Leaving Certificate Examination, 1922
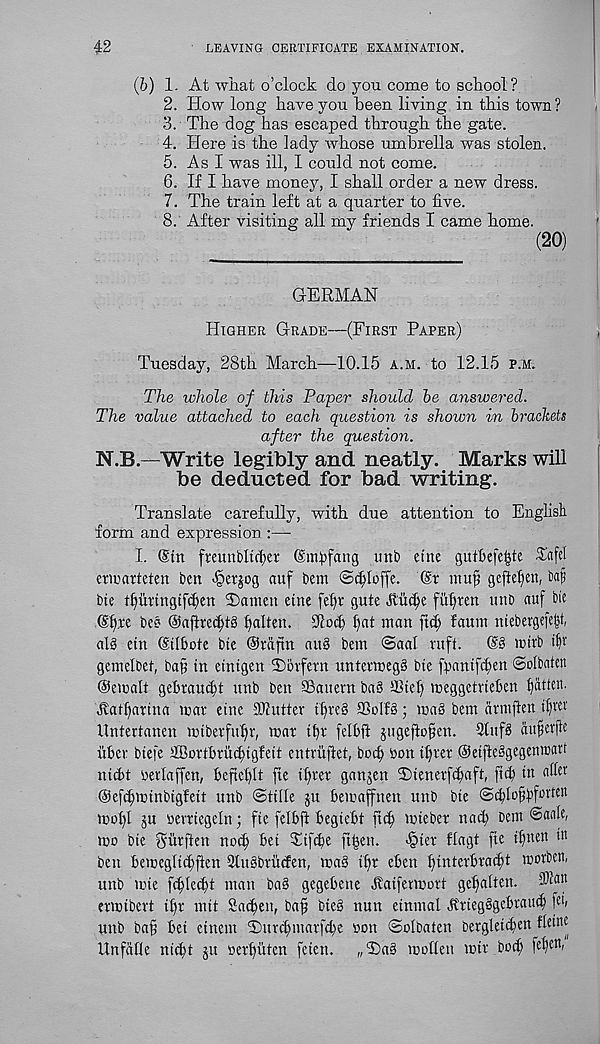
42
LEAVING CERTIFICATE EXAMINATION.
(6) 1. At what o’clock do you come to school ?
2. How long have you been living in this town ?
3. The dog has escaped through the gate.
4. Here is the lady whose umbrella was stolen.
5. As I was ill, I could not come.
6. If I have money, I shall order a new dress.
7. The train left at a quarter to five.
8. After visiting all my friends I came home.
GERMAN
Higher Grade—(First Paper)
Tuesday, 28th March—10.15 a.m. to 12.15 p.m.
The whole of this Paper should he answered.
The value attached to each question is shown in brackets
after the question.
N.B—Write legibly and neatly. Marks will
be deducted for bad writing.
Translate carefully, with due attention to Englisli
form and expression :—
I. ©in fteunifitcfiet ©ntpfang imb etne gutbefeifie Tafel
emiarteten ben
auf bem ©c^Ioffe. ©t tnufi gefteljen, bajs
bte tffimngtf<f)en Tcunen etne fefyr gute 4tii(|e ftifyten unb auf bie
©fire bee @aftTe<f)t§ fyalten. iked) fjat man ftef; faum ntebergefeljl
alg ein ©ilbote bte ©taftn attb bem @aal ruft.
©3 mtrb tf)t'
gemelbet, ba§ in einigen 2)5tfern untet - meg§ bte fbantf^en ©olbateu
@ematt gebraui^t unb ben 93auern ba§ S5tef) meggetvieben fatten.
Aatfiattna mar eine 3k utter litre 8 To if 8; mas bem arntften iflter
llntertanen mtberfttffr, mar tip felbft ptgeftofjen. 3titfs aiiferjle
tiber btefe tffiortbrii^igfeit entriiftet, boc^ bon ifirer @eijfe§gegemoatt
nitbt berlaffen, beftcf)It fie ibrer ganjen Tienerfcbaft, fid) in aflet
©efcbminbigfett nnb ©tide $u bemaffnen unb bte @d)Iofbf orten
mof)I 3u oerriegeln; fie felbft begiebt ft<b mieber nad) bem ©aale,
mo bie S'iirfteu not^ bet Ttfcbe ft^en.
>§ter flagt fte iH l bn in
ben bemegii(f)ften 2tu§brucfen, ma§ tf)r eben ifmterbradft morben,
unb mie fd)Ied)t man ba§ gegebette Aaifermort gclfaitett. ®tan
ermibert ifr mit Sadfeu, baf bieb nun einmal ftriegSgebraud) fit
unb baf bet etnem Tttrd)marfd)e bon ©olbaten bergleicfen fidne
Unfafie nitbt ju berbiiten feten. „T)a8 moffett mtr both fetycn,